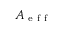
A _ { \mathrm { ~ e ~ f ~ f ~ } }